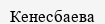
Кенесбаева